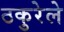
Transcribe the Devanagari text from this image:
ठकुरेले